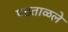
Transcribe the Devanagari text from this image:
पडताळले